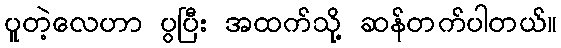
ပူတဲ့လေဟာ ပွပြီး အထက်သို့ ဆန်တက်ပါတယ်။